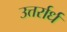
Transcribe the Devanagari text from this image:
उत्तर्रार्ध